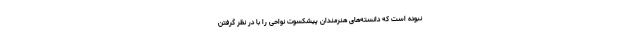
نبوده است که دانسته‌های هنرمندان پیشکسوت نواحی را با در نظر گرفتن